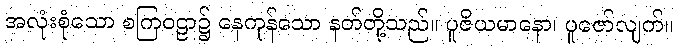
အလုံးစုံသော စကြဝဠာ၌ နေကုန်သော နတ်တို့သည်။ ပူဇိယမာနော၊ ပူဇော်လျက်။